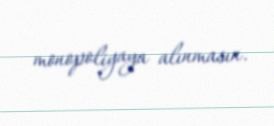
monopoliyaya alınmasın.